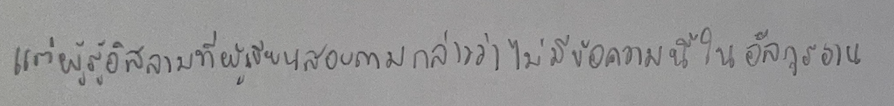
แต่ผู้รู้อิสลามที่ผู้เขียนสอบถามกล่าวว่าไม่มีข้อความนี้ในอัลกุรอาน